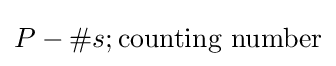
P-\#s;{\text{counting number}}